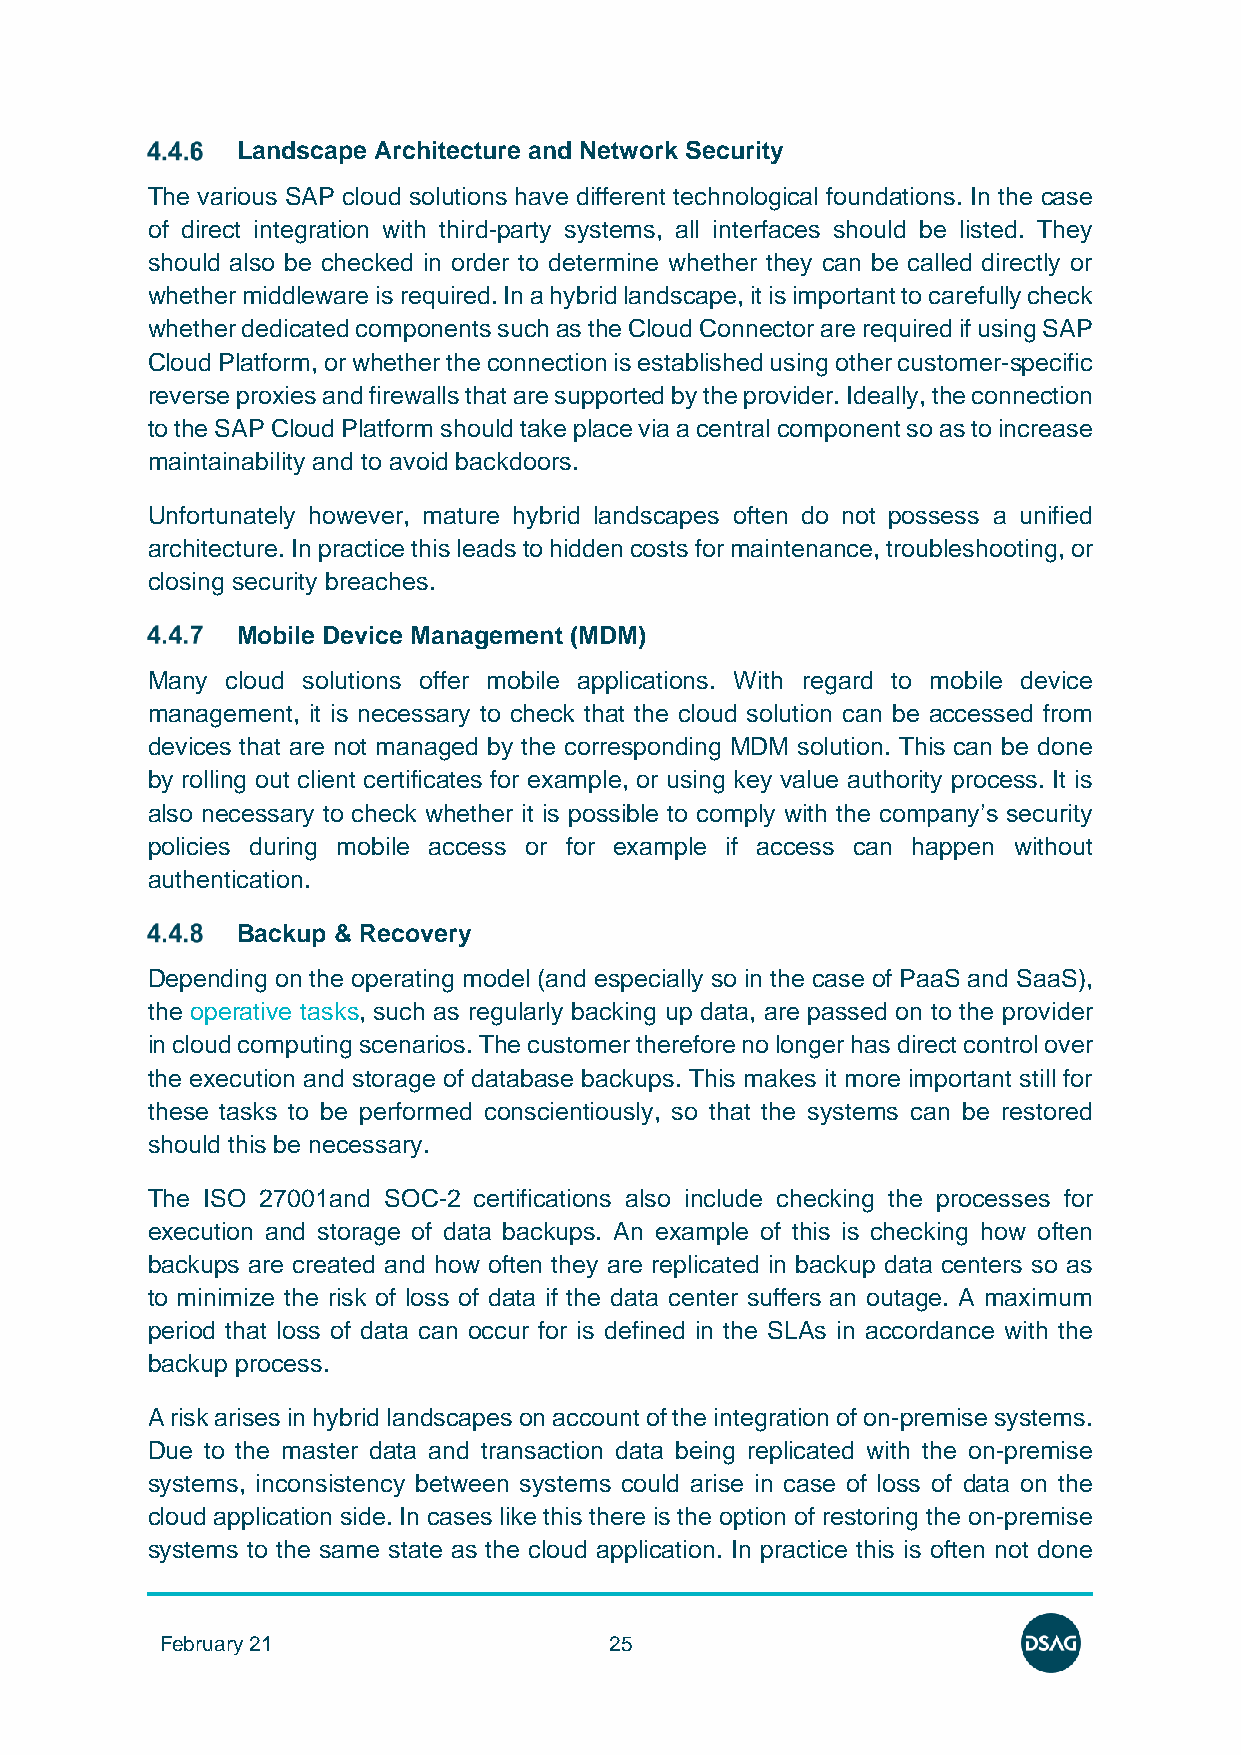
Landscape Architecture and Network Security
 The various SAP cloud solutions have different technological foundations. In the case
 of direct integration with third-party systems, all interfaces should be listed. They
 should also be checked in order to determine whether they can be called directly or
 whether middleware is required. In a hybrid landscape, it is important to carefully check
 whether dedicated components such as the Cloud Connector are required if using SAP
 Cloud Platform, or whether the connection is established using other customer-specific
 reverse proxies and firewalls that are supported by the provider. Ideally, the connection
 to the SAP Cloud Platform should take place via a central component so as to increase
 maintainability and to avoid backdoors.
 Unfortunately however, mature hybrid landscapes often do not possess a unified
 architecture. In practice this leads to hidden costs for maintenance, troubleshooting, or
 closing security breaches.
 Mobile Device Management (MDM)
 Many cloud solutions offer mobile applications. With regard to mobile device
 management, it is necessary to check that the cloud solution can be accessed from
 devices that are not managed by the corresponding MDM solution. This can be done
 by rolling out client certificates for example, or using key value authority process. It is
 also necessary to check whether it is possible to comply with the company’s security
 policies during mobile access or for example if access can happen without
 authentication.
 Backup & Recovery
 Depending on the operating model (and especially so in the case of PaaS and SaaS),
 the operative tasks, such as regularly backing up data, are passed on to the provider
 in cloud computing scenarios. The customer therefore no longer has direct control over
 the execution and storage of database backups. This makes it more important still for
 these tasks to be performed conscientiously, so that the systems can be restored
 should this be necessary.
 The ISO 27001and SOC-2 certifications also include checking the processes for
 execution and storage of data backups. An example of this is checking how often
 backups are created and how often they are replicated in backup data centers so as
 to minimize the risk of loss of data if the data center suffers an outage. A maximum
 period that loss of data can occur for is defined in the SLAs in accordance with the
 backup process.
 A risk arises in hybrid landscapes on account of the integration of on-premise systems.
 Due to the master data and transaction data being replicated with the on-premise
 systems, inconsistency between systems could arise in case of loss of data on the
 cloud application side. In cases like this there is the option of restoring the on-premise
 systems to the same state as the cloud application. In practice this is often not done
 February 21                  25